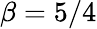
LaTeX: \beta=5/4